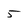
Character: 5